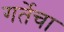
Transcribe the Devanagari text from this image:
गर्तेचा